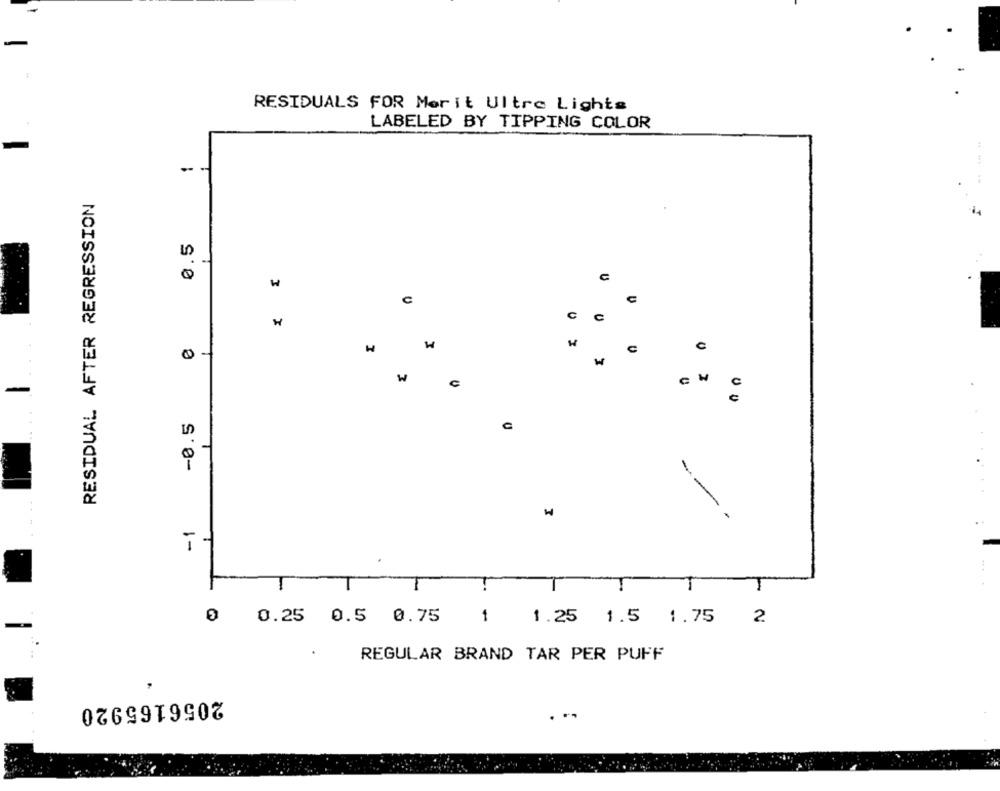
RESIDUALS FOR Merit Ultre Lights
LABELED BY TIPPING COLOR
RESIDUAL AFTER REGRESSION
0.5
w
U
C
C
C
H
C
0 -
W
-0.5
-
-
i-
0 0.25 0.5 0.75
1
1.25 1.5 1.75
2
REGULAR BRAND TAR PER PUFF
.
2056165920